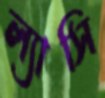
ল্যাসি